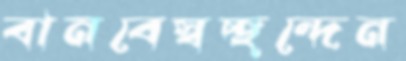
বানবেস্বচ্ছন্দেন